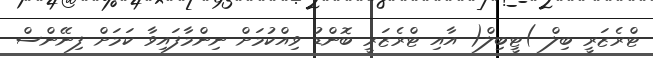
ޓްރެޒަރީ ބިލް )ޓީބިލް( އާއި ޓްރެޒަރީ ބޮންޑު ވިއްކުމަށް ނިންމާފައިވާ ކަމަށް ފިނޭންސް